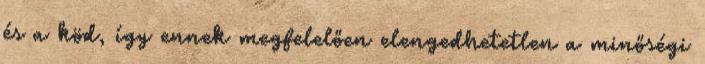
és a köd, így ennek megfelelően elengedhetetlen a minőségi